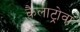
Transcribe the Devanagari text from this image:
कैलाट्रोवा